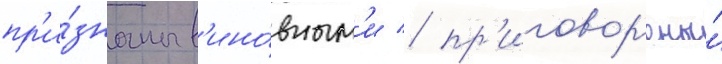
пр'и́знаны в'ино́вным'и / пр'иговор'ены́